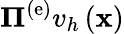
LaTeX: {{\mathbf\Pi}^{\left(\mathrm{e}\right)}}v_{h}\left({\mathbf{x}}\right)